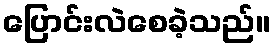
ပြောင်းလဲစေခဲ့သည်။